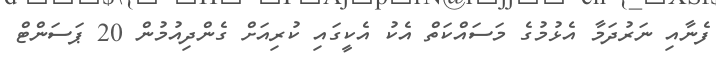
ފެނާއި ނަރުދަމާ އެޅުމުގެ މަސައްކަތް އެކު އެކީގައި ކުރިއަށް ގެންދިއުމުން 20 ޕަސަންޓް